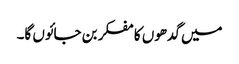
میں گدھوں کا مفکر بن جائوں گا۔